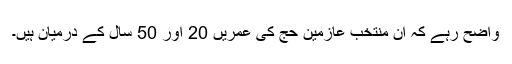
واضح رہے کہ ان منتخب عازمین حج کی عمریں 20 اور 50 سال کے درمیان ہیں۔